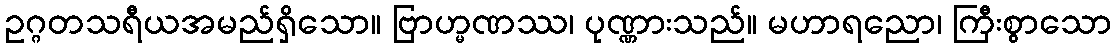
ဥဂ္ဂတသရီယအမည်ရှိသော။ ဗြာဟ္မဏဿ၊ ပုဏ္ဏားသည်။ မဟာရညော၊ ကြီးစွာသော